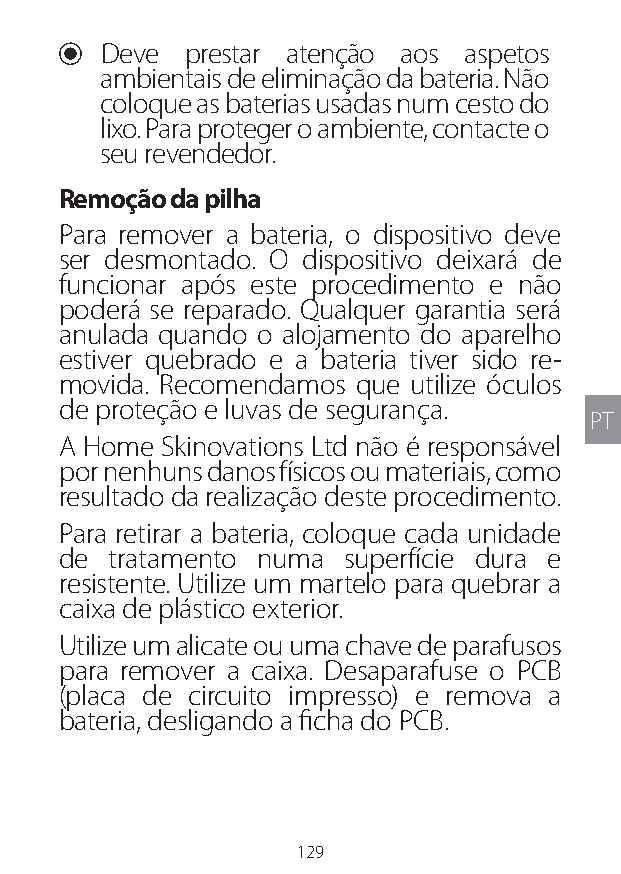
U Deve  prestar atenção aos aspetos
 ambientais de eliminação da bateria. Não
 coloque as baterias usadas num cesto do
 lixo. Para proteger o ambiente, contacte o
 seu revendedor.
 Remoção da pilha
 Para remover a bateria, o dispositivo deve
 ser desmontado. O dispositivo deixará de
 funcionar após este procedimento e não
 poderá se reparado. Qualquer garantia será
 anulada quando o alojamento do aparelho
 estiver quebrado e a bateria tiver sido re-
 movida. Recomendamos que utilize óculos
 de proteção e luvas de segurança.
 PT
 A Home Skinovations Ltd não é responsável
 por nenhuns danos físicos ou materiais, como
 resultado da realização deste procedimento.
 Para retirar a bateria, coloque cada unidade
 de tratamento numa superfície dura e
 resistente. Utilize um martelo para quebrar a
 caixa de plástico exterior.
 Utilize um alicate ou uma chave de parafusos
 para remover a caixa. Desaparafuse o PCB
 (placa de circuito impresso) e remova a
 bateria, desligando a ficha do PCB.
 129
 Lipo UM EU124 3545B inside ALL EU124 ED296-24 release.indd 129 14/08/2018 10:57:40